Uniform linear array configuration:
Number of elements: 48
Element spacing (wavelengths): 0.75
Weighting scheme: blackman
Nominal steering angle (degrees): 45
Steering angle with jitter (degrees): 45.994
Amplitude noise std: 0.05
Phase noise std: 0.05

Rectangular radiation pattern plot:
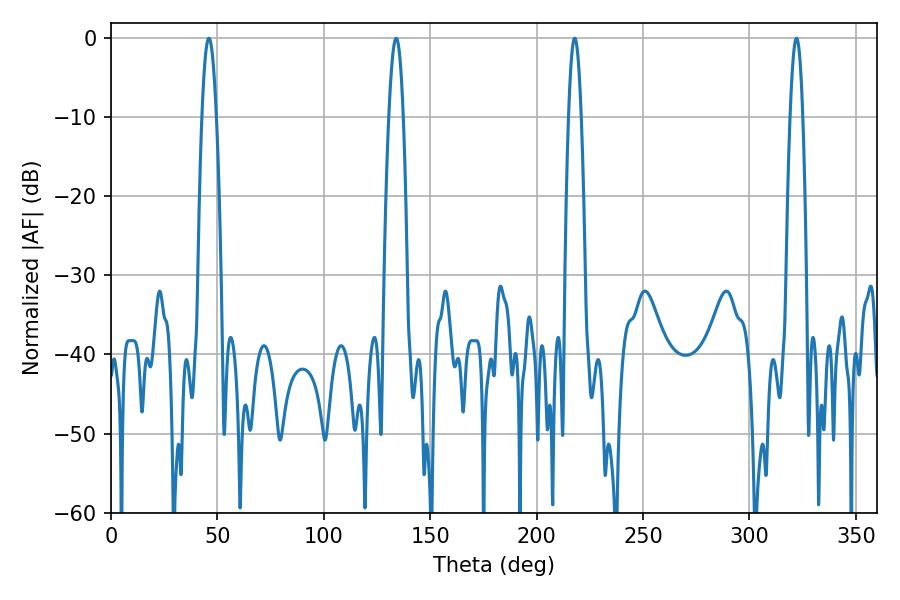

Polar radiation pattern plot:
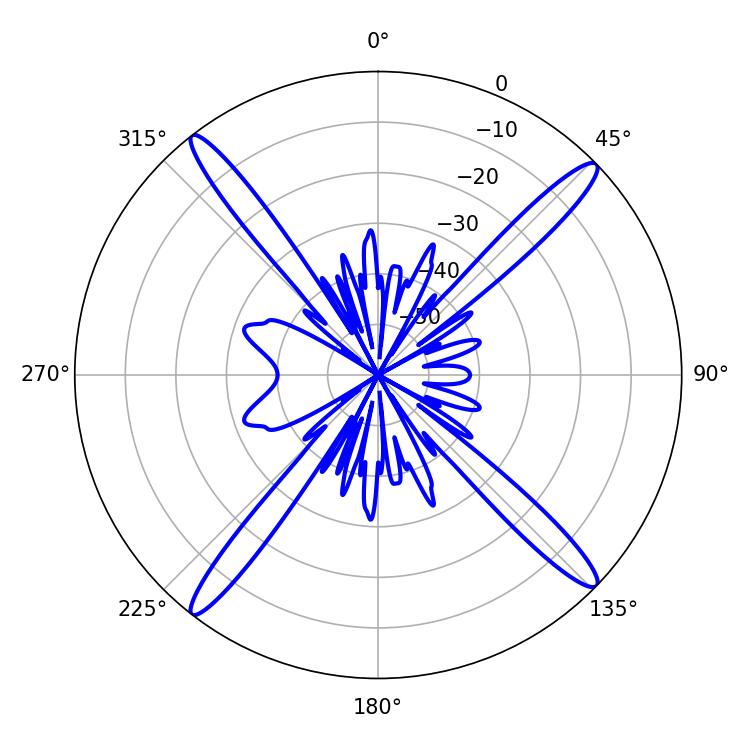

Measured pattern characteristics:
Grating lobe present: TRUE
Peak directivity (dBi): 19.004
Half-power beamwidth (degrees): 3.78
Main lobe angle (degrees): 45.9